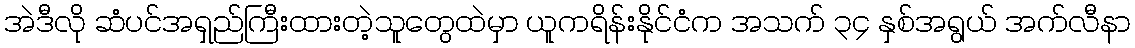
အဲဒီလို ဆံပင်အရှည်ကြီးထားတဲ့သူတွေထဲမှာ ယူကရိန်းနိုင်ငံက အသက် ၃၄ နှစ်အရွယ် အက်လီနာ